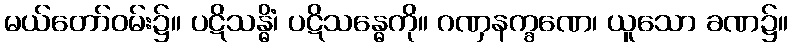
မယ်တော်ဝမ်း၌။ ပဋိသန္ဓိံ၊ ပဋိသန္ဓေကို။ ဂဏှနက္ခဏေ၊ ယူသော ခဏ၌။